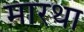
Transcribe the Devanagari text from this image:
मारथा